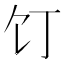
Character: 饤